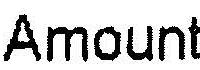
AMOUNT